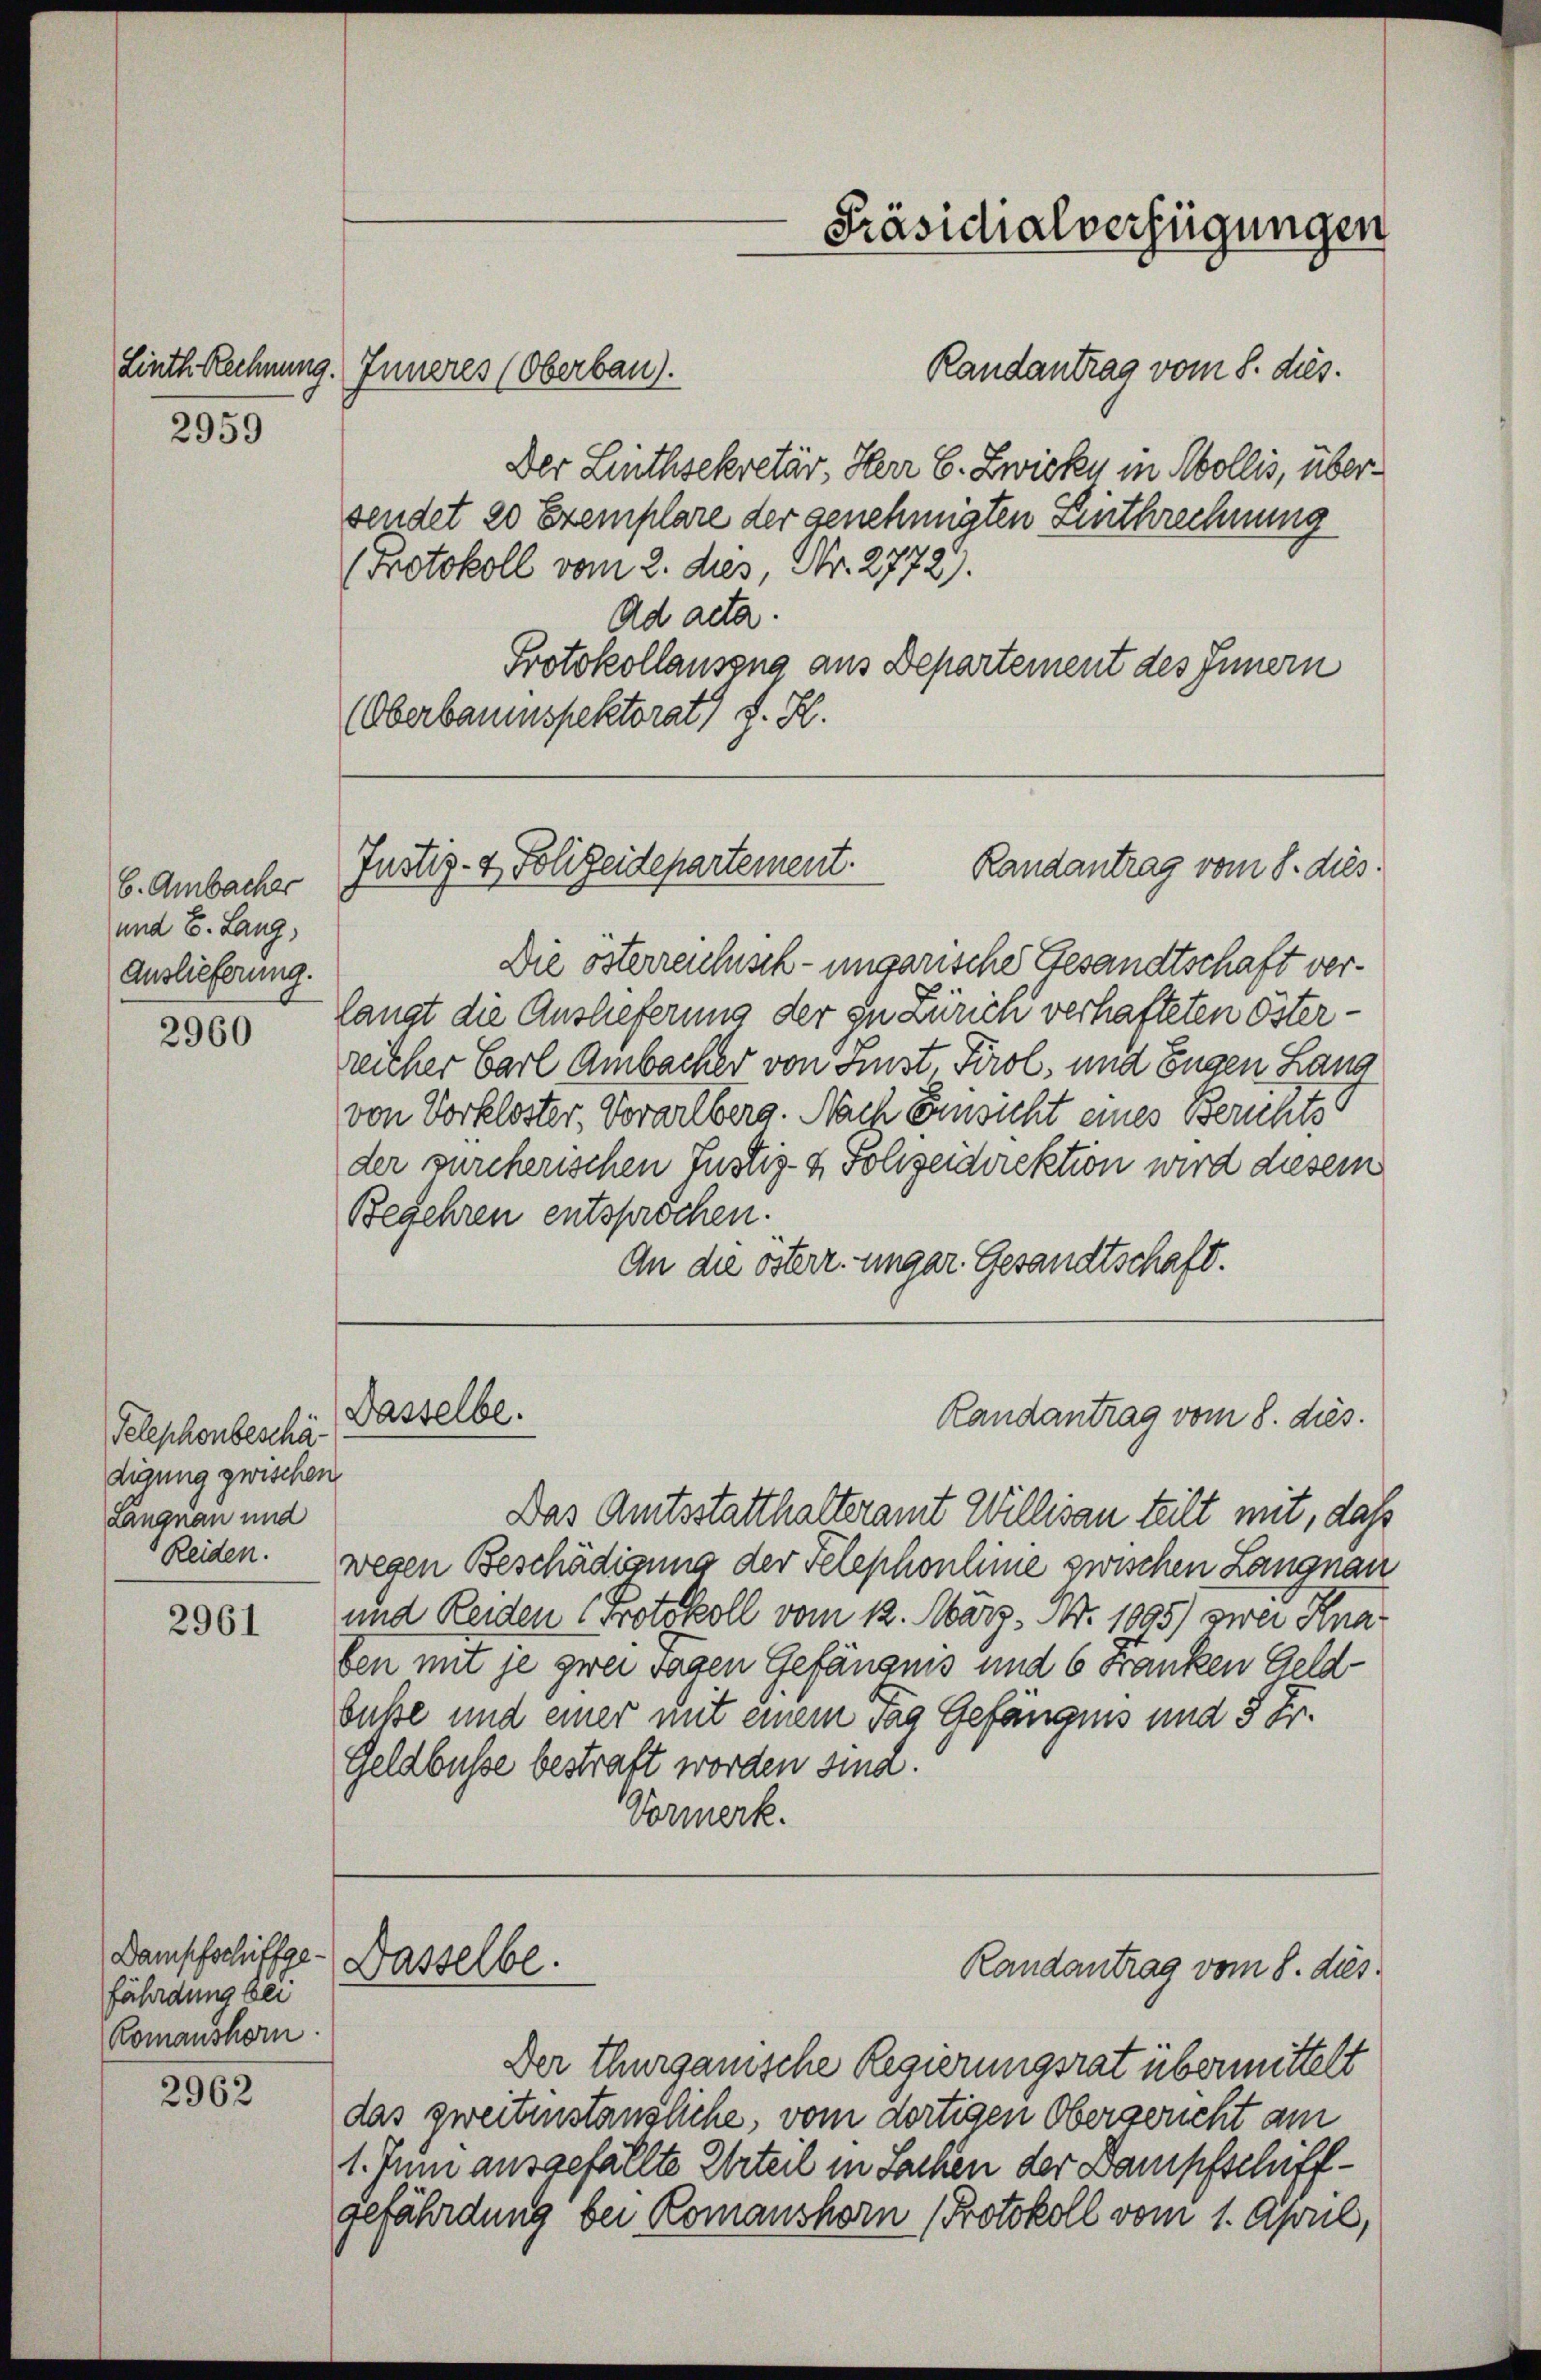
2959

b. Ambacher
und E. Lang,
Auslieferung.

2960

Telephonbeschä-
digung zwischen
Langnau und

2961

Dampfschiffgefährdung bei
Romanshorn

2962

Randantrag vom 8. dies.
Der Linthsekretär, Herr C. Zwicke in Mollis, übersendet 20 Exemplare der genehmigten Einthrechnung
(Protokoll vom 2. dies, Nr. 2772.
Ad acta.
Protokollauszug aus Departement des Innern
(Oberbauenspektorat J. H.

Linth. Rechnung. Inneres (Oberbau).

Justiz- & Polizeidepartement.
Randantrag vom 8. dies

Die österreichisch-ungarische Gesandtschaft verlangt die Auslieferung der in Zürich verhafteten Österreicher Carl Ambacher von Finst, Tirol, und Eugen Lang
von Vorkloster, Vorarlberg. Nach Einsicht eines Berichts
der durcherischen Justiz- & Polizeidirektion wird diesem
Begehren entsprochen.
An die österr. ungar. Gesandtschaft.

Dasselbe.

Dasselbe.

Präsidialverfügungen

Das Amtsstatthalteramt Willisau teilt mit, daß
Reiden. wegen Beschädigung der Telephonlinie zwischen Langnau
und Reiden (Protokoll vom 12. März. Nr. 1095) zwei Knaben mit je zwei Tagen Gefängnis und 6 Franken Geld
buße und einer mit einem Tag Gefängnis und 5 Fr.
Geldbusse bestraft worden sind.
Vormerk.

Randantrag vom 8. dies.

Der Thurganische Regierungsrat übermittelt
das zweitenständliche, vom dortigen Obergericht am
1. Juni ausgefällte Urteil in Sachen der Dampfschiffgefährdung bei Komanshorn (Protokoll vom 1. April,

Randantrag vom 8. dies